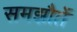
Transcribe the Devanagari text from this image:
समझौतें